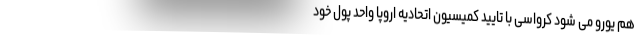
هم یورو می شود کرواسی با تایید کمیسیون اتحادیه اروپا واحد پول خود